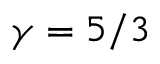
\gamma = 5 / 3